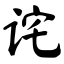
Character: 诧